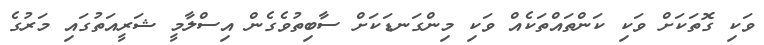
ވަކި ގޮތަކަށް ވަކި ކަންތައްތަކެއް ވަކި މިންގަނޑަކަށް ސާބިތުވެގެން އިސްލާމީ ޝަރީއަތުގައި މަރުގެ